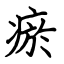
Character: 瘀